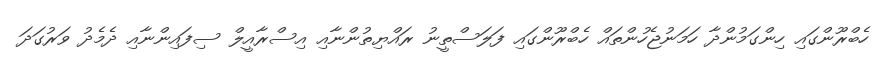
ހެބްރޫންގައި ހިންގަމުންދާ ހަމަނުޖެހުންތައް ހެބްރޫންގައި ފަލަސްތީނު ރައްޔިތުންނާއި އިސްރާއީލް ސިފައިންނާއި ދެމެދު ވަރުގަދަ